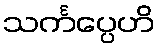
သင်္ကပ္ပေဟိ